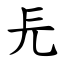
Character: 㒫